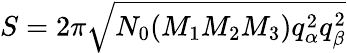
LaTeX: S=2\pi\sqrt{N_{0}(M_{1}M_{2}M_{3})q_{\alpha}^{2}q_{\beta}^{2}}